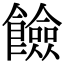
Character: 𩟅